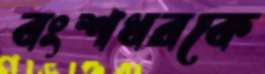
বংশধরকে